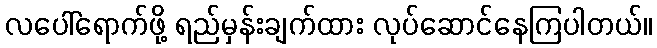
လပေါ်ရောက်ဖို့ ရည်မှန်းချက်ထား လုပ်ဆောင်နေကြပါတယ်။